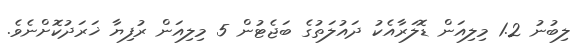
ލިބުނު 1.2 މިލިއަން ޑޮލަރާއެކު ދައުލަތުގެ ބަޖެޓުން 5 މިލިއަން ރުފިޔާ ޚަރަދުކޮށްނެވެ.